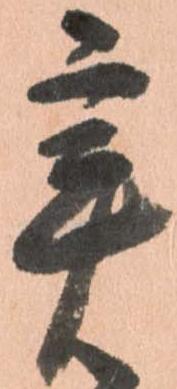
辛